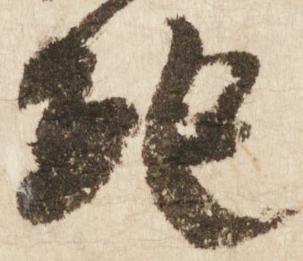
紀